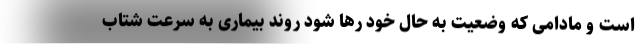
است و مادامی که وضعیت به حال خود رها شود روند بیماری به سرعت شتاب